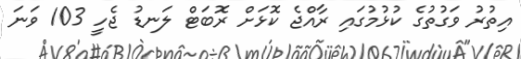
އިތުރު ވަގުތުގެ ކުޅުމުގައި ރާއްޖެ ކޮޅަށް ރޮބަޓް ލަނޑު ޖެހީ 103 ވަނަ